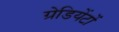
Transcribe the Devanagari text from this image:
ग्रेडियेंटों